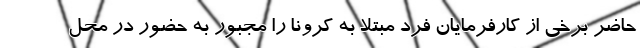
حاضر برخی از کارفرمایان فرد مبتلا به کرونا را مجبور به حضور در محل